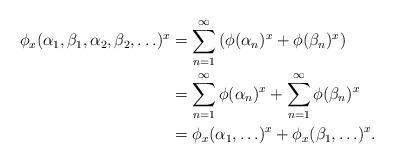
LaTeX: \begin{align*}\phi_x(\alpha_1,\beta_1,\alpha_2,\beta_2,\ldots)^x & = \sum_{n=1}^\infty \left (\phi(\alpha_n)^x + \phi(\beta_n)^x\right) \\& = \sum_{n=1}^\infty \phi(\alpha_n)^x + \sum_{n=1}^\infty \phi(\beta_n)^x \\& = \phi_x(\alpha_1,\ldots)^x + \phi_x(\beta_1,\ldots)^x.\end{align*}